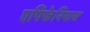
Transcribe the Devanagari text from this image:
एपिफेनियास